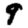
Digit: 9